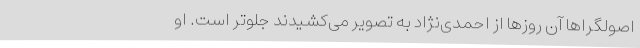
اصولگراها آن روزها از احمدی‌نژاد به تصویر می‌کشیدند جلوتر است. او